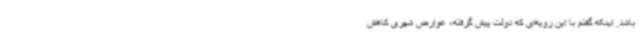
باشد. اینکه گفتم با این رویه‌ای که دولت پیش گرفته، عوارض شهری کاهش